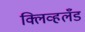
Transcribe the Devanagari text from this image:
क्लिव्हलँड